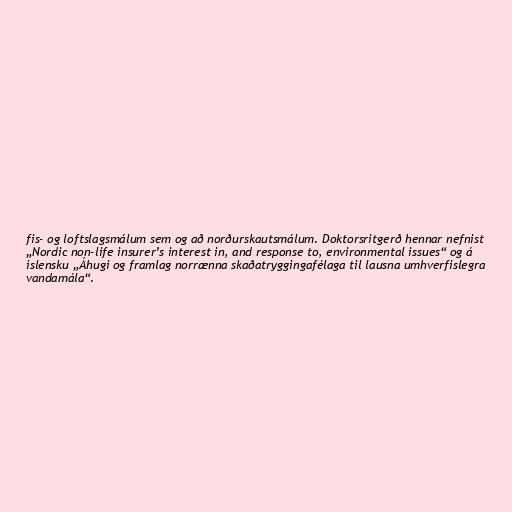
fis- og loftslagsmálum sem og að norðurskautsmálum. Doktorsritgerð hennar nefnist
„Nordic non-life insurer’s interest in, and response to, environmental issues“ og á
íslensku „Áhugi og framlag norrænna skaðatryggingafélaga til lausna umhverfislegra
vandamála“.